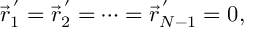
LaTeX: \vec { r } _ { 1 } ^ { \, ^ { \prime } } = \vec { r } _ { 2 } ^ { \, ^ { \prime } } = \cdots = \vec { r } _ { N - 1 } ^ { \, ^ { \prime } } = 0 ,